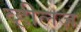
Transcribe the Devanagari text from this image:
व्हीलज़